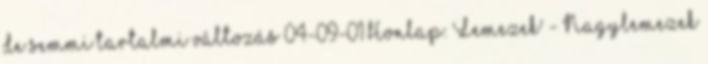
de semmi tartalmi változás 04-09-01 Honlap: 'Lemezek' - 'Nagylemezek